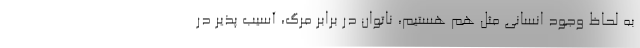
به لحاظ وجود انسانی مثل هم هستیم، ناتوان در برابر مرگ، آسیب پذیر در